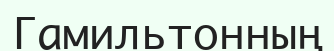
Гамильтонның